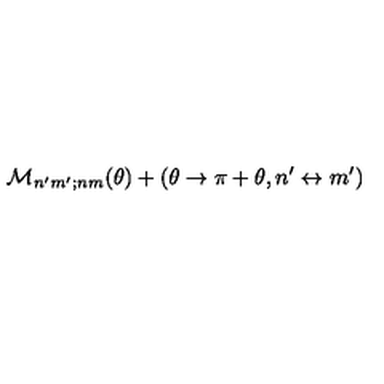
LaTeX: { \cal M } _ { n ^ { \prime } m ^ { \prime } ; n m } ( \theta ) + ( \theta \rightarrow \pi + \theta , n ^ { \prime } \leftrightarrow m ^ { \prime } )